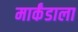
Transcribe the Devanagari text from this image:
मार्कंडाला